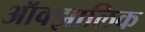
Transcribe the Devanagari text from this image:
ऑक्झालिक